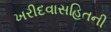
ખરીદવાસહિતની